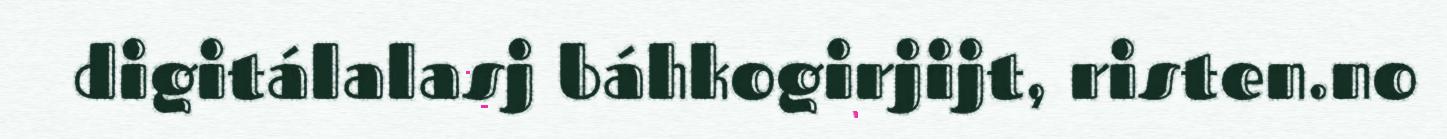
digitálalasj báhkogirjijt, risten.no